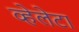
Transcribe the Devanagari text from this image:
व्हेलेटा